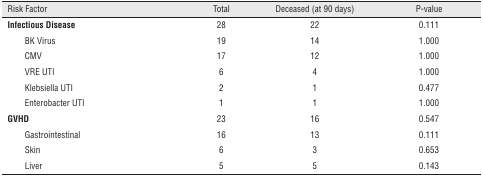
| <COLSPAN=2> Risk Factor | Total | Deceased (at 90 days) | P-value |
 | --- | --- | --- | --- | --- |
 | <COLSPAN=2> Infectious Disease | 28 | 22 | 0.111 |
 |  | BK Virus | 19 | 14 | 1.000 |
 |  | CMV | 17 | 12 | 1.000 |
 |  | VRE UTI | 6 | 4 | 1.000 |
 |  | Klebsiella UTI | 2 | 1 | 0.477 |
 |  | Enterobacter UTI | 1 | 1 | 1.000 |
 | <COLSPAN=2> GVHD | 23 | 16 | 0.547 |
 |  | Gastrointestinal | 16 | 13 | 0.111 |
 |  | Skin | 6 | 3 | 0.653 |
 |  | Liver | 5 | 5 | 0.143 |